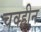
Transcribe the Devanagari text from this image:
चवहीन